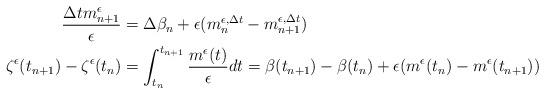
LaTeX: \begin{align*}\frac{\Delta tm_{n+1}^\epsilon}{\epsilon}&=\Delta \beta_n+\epsilon(m_n^{\epsilon,\Delta t}-m_{n+1}^{\epsilon,\Delta t})\\\zeta^\epsilon(t_{n+1})-\zeta^\epsilon(t_n)&=\int_{t_n}^{t_{n+1}}\frac{m^\epsilon(t)}{\epsilon}dt=\beta(t_{n+1})-\beta(t_n)+\epsilon(m^\epsilon(t_n)-m^\epsilon(t_{n+1}))\end{align*}